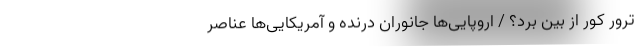
ترور کور از بین برد؟ / اروپایی‌ها جانوران درنده و آمریکایی‌ها عناصر